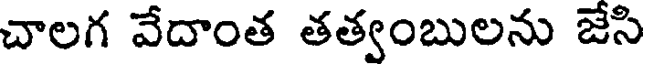
చాలగ వేదాంత తత్వంబులను జేసి